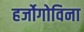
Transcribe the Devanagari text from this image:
हर्जोगोविना